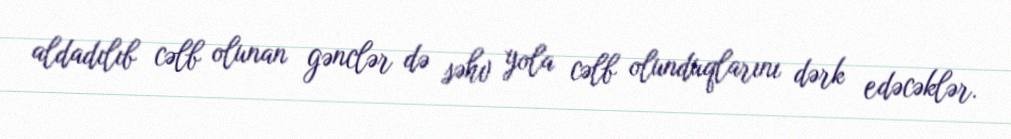
aldadılıb cəlb olunan gənclər də səhv yola cəlb olunduqlarını dərk edəcəklər.